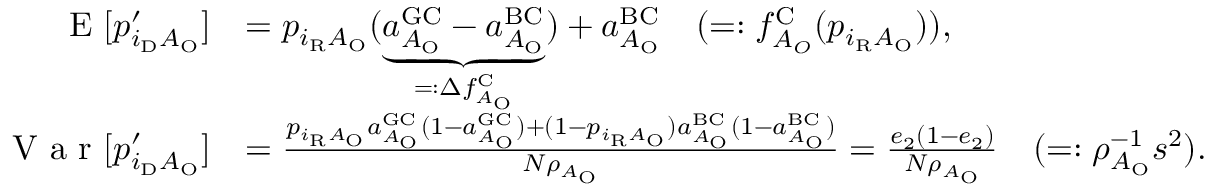
\begin{array} { r l } { \textrm { E } [ p _ { i _ { \mathrm { D } } A _ { \mathrm { O } } } ^ { \prime } ] } & { = p _ { i _ { \mathrm { R } } A _ { \mathrm { O } } } ( \underbrace { a _ { A _ { \mathrm { O } } } ^ { \mathrm { G C } } - a _ { A _ { \mathrm { O } } } ^ { \mathrm { B C } } } _ { = : \Delta f _ { A _ { \mathrm { O } } } ^ { \mathrm { C } } } ) + a _ { A _ { \mathrm { O } } } ^ { \mathrm { B C } } \quad ( = : f _ { A _ { O } } ^ { \mathrm { C } } ( p _ { i _ { \mathrm { R } } A _ { \mathrm { O } } } ) ) , } \\ { \textrm { V a r } [ p _ { i _ { \mathrm { D } } A _ { \mathrm { O } } } ^ { \prime } ] } & { = \frac { p _ { i _ { \mathrm { R } } A _ { \mathrm { O } } } a _ { A _ { \mathrm { O } } } ^ { \mathrm { G C } } ( 1 - a _ { A _ { \mathrm { O } } } ^ { \mathrm { G C } } ) + ( 1 - p _ { i _ { \mathrm { R } } A _ { \mathrm { O } } } ) a _ { A _ { \mathrm { O } } } ^ { \mathrm { B C } } ( 1 - a _ { A _ { \mathrm { O } } } ^ { \mathrm { B C } } ) } { N \rho _ { A _ { \mathrm { O } } } } = \frac { e _ { 2 } ( 1 - e _ { 2 } ) } { N \rho _ { A _ { \mathrm { O } } } } \quad ( = : \rho _ { A _ { \mathrm { O } } } ^ { - 1 } s ^ { 2 } ) . } \end{array}